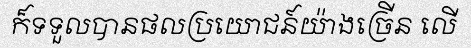
ក៏ទទួលបានផលប្រយោជន៍យ៉ាងច្រើន លើ